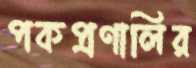
পকপ্রণালির